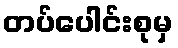
တပ်ပေါင်းစုမှ